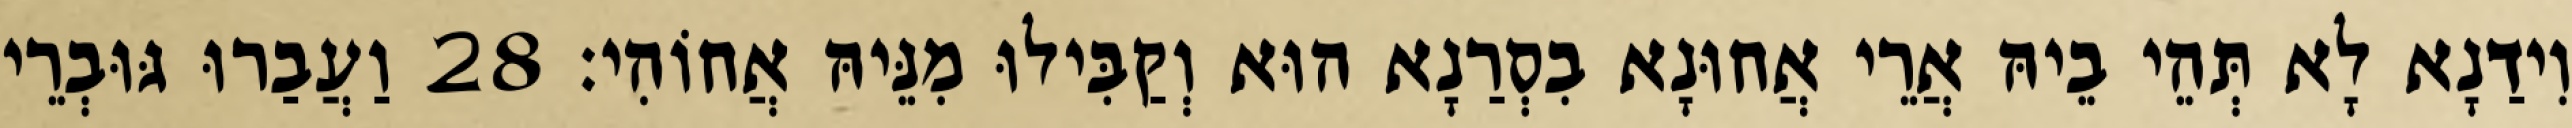
וִידַנָא לָא תְּהֵי בֵיהּ אֲרֵי אֲחוּנָא בִסְרַנָא הוּא וְקַבִּילוּ מִנֵּיהּ אֲחוֹהִי׃ 28 וַעֲבַרוּ גּוּבְרֵי